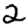
Digit: 2